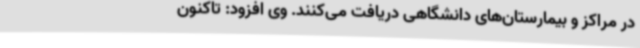
در مراکز و بیمارستان‌های دانشگاهی دریافت می‌کنند. وی افزود: تاکنون